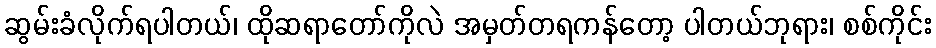
ဆွမ်းခံလိုက်ရပါတယ်၊ ထိုဆရာတော်ကိုလဲ အမှတ်တရကန်တော့ ပါတယ်ဘုရား၊ စစ်ကိုင်း